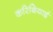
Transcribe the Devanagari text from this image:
करिबियाई